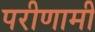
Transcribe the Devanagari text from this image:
परीणामी